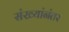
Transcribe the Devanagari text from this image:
संख्यांनंतर